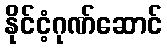
နိုင်ငံ့ဂုဏ်ဆောင်